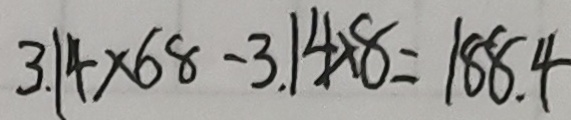
3 . 1 4 \times 6 8 - 3 . 1 4 \times 8 = 1 8 8 . 4